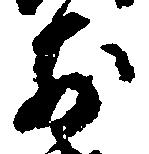
前